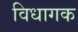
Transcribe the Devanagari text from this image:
विधागक